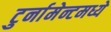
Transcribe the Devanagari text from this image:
टुर्नामेन्टमध्ये